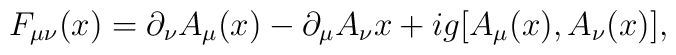
F_{\mu\nu}(x) = \partial_\nu A_\mu(x) - \partial_\mu A_\nu{x}    + ig [A_\mu(x), A_\nu(x)],